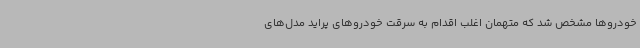
خودروها مشخص شد که متهمان اغلب اقدام به سرقت خودروهای پراید مدل‌های